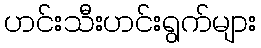
ဟင်းသီးဟင်းရွက်များ